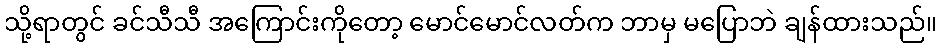
သို့ရာတွင် ခင်သီသီ အကြောင်းကိုတော့ မောင်မောင်လတ်က ဘာမှ မပြောဘဲ ချန်ထားသည်။